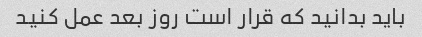
باید بدانید که قرار است روز بعد عمل کنید